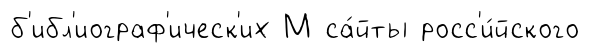
б'ибл'иограф'ическ'их М са́йты росс'и́йского